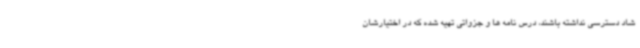
شاد دسترسی نداشته باشند، درس نامه ها و جزواتی تهیه شده که در اختیارشان